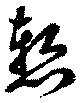
慙